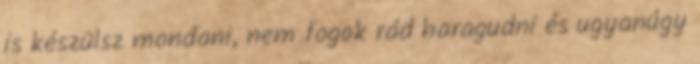
is készülsz mondani, nem fogok rád haragudni és ugyanúgy